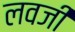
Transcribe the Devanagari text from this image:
लवजी